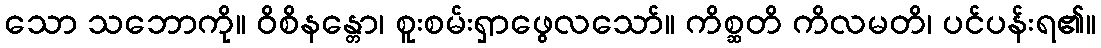
သော သဘောကို။ ဝိစိနန္တော၊ စူးစမ်းရှာဖွေလသော်။ ကိစ္ဆတိ ကိလမတိ၊ ပင်ပန်းရ၏။